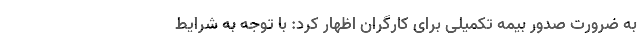
به ضرورت صدور بیمه تکمیلی برای کارگران اظهار کرد: با توجه به شرایط